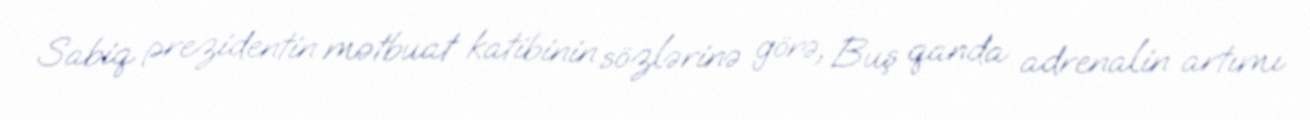
Sabiq prezidentin mətbuat katibinin sözlərinə görə, Buş qanda adrenalin artımı